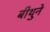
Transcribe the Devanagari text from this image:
बीथुने